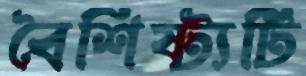
বৈশিষ্ট্যটি